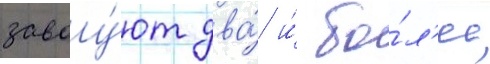
завоу́ют два́ и́ бо́л'ее